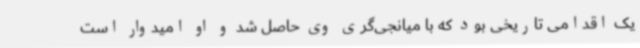
یک اقدامی تاریخی بود که با میانجی‌گری وی حاصل شد و او امیدوار است